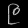
Digit: ၉